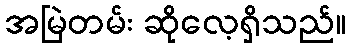
အမြဲတမ်း ဆိုလေ့ရှိသည်။